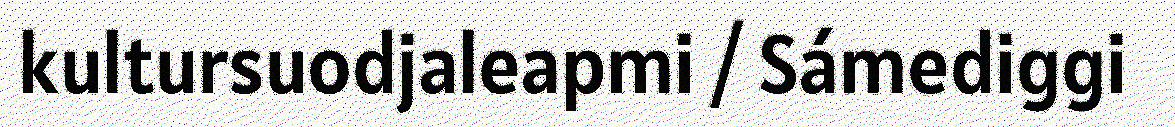
kultursuodjaleapmi / Sámediggi